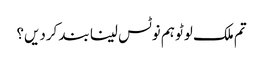
تم ملک لوٹو ہم نوٹس لینا بند کردیں؟